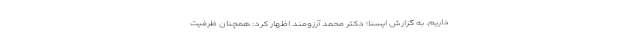
داریم. به گزارش ایسنا؛ دکتر محمد آرزومند اظهار کرد: همچنان ظرفیت